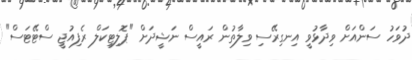
ދުވަހު ސަންއަށް ވިދާޅުވީ އިނގިރޭސި ވިލާތުން ރައީސް ނަޝީދަށް "ޕޮލިޓިކަލް ރެފިއުޖީ ސްޓޭޓަސް"